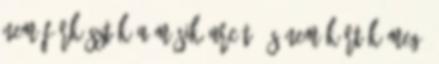
nem fürkésztük a másik arcát, és nem kértük meg,